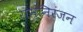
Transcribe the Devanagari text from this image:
रामनिरंजन